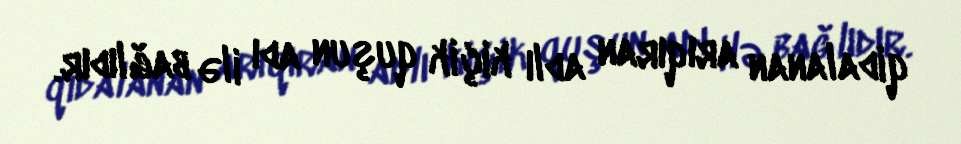
qidalanan arıqıran adlı kiçik quşun adı ilə bağlıdır.